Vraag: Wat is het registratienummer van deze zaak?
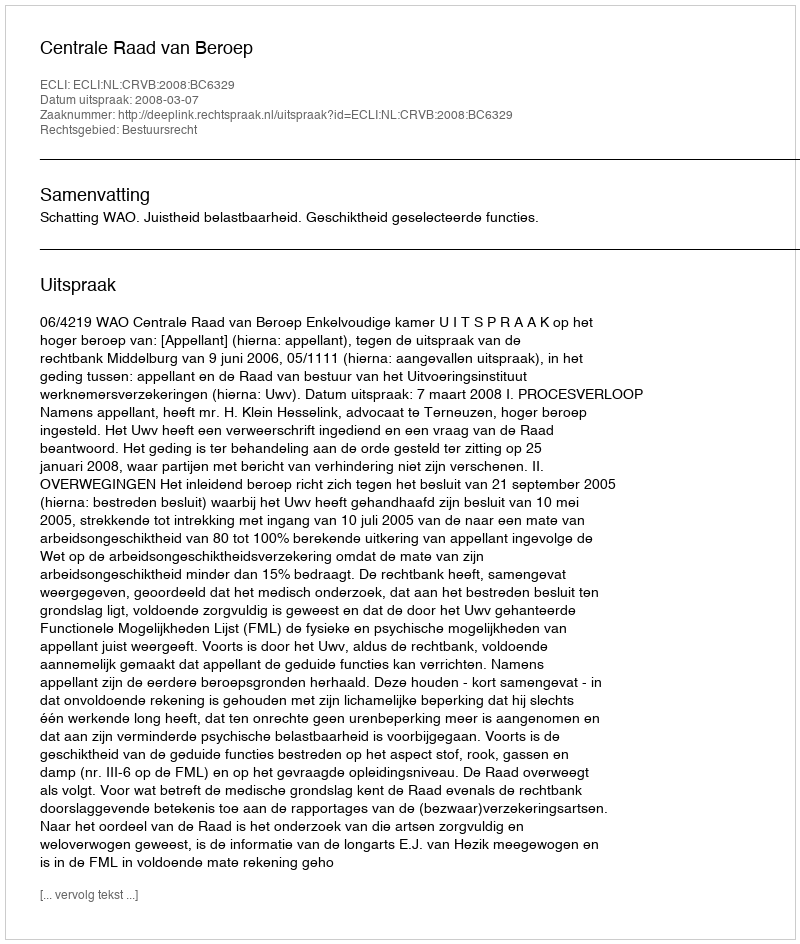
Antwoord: http://deeplink.rechtspraak.nl/uitspraak?id=ECLI:NL:CRVB:2008:BC6329